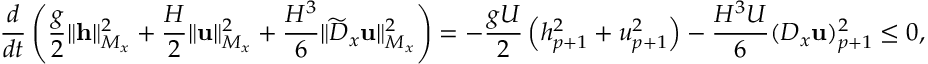
\frac { d } { d t } \left( \frac { g } { 2 } \| \mathbf { h } \| _ { M _ { x } } ^ { 2 } + \frac { H } { 2 } \| \mathbf { u } \| _ { M _ { x } } ^ { 2 } + \frac { H ^ { 3 } } { 6 } \| \widetilde { D } _ { x } \mathbf { u } \| _ { M _ { x } } ^ { 2 } \right) = - \frac { g U } { 2 } \left( h _ { p + 1 } ^ { 2 } + u _ { p + 1 } ^ { 2 } \right) - \frac { H ^ { 3 } U } { 6 } ( D _ { x } \mathbf { u } ) _ { p + 1 } ^ { 2 } \le 0 ,